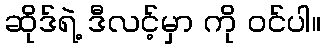
ဆိုဒ်ရဲ့ ဒီလင့်မှာ ကို ဝင်ပါ။